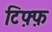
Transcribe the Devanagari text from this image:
टिफ़्फ़